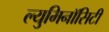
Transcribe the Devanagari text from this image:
ल्युमिनॉसिटी